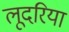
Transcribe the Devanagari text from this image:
लूदरिया